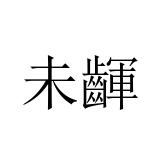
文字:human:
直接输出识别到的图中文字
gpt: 未齳